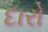
દારો